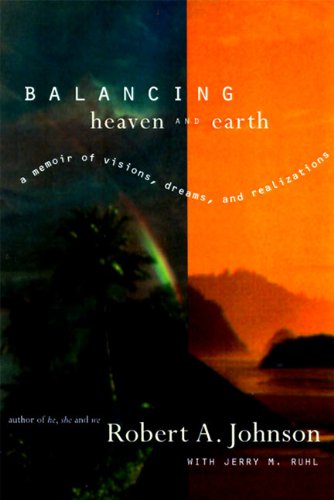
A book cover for Balancing Heaven and Earth: A Memoir of Visions, Dreams, and Realizations; Robert A. Johnson; Self-Help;